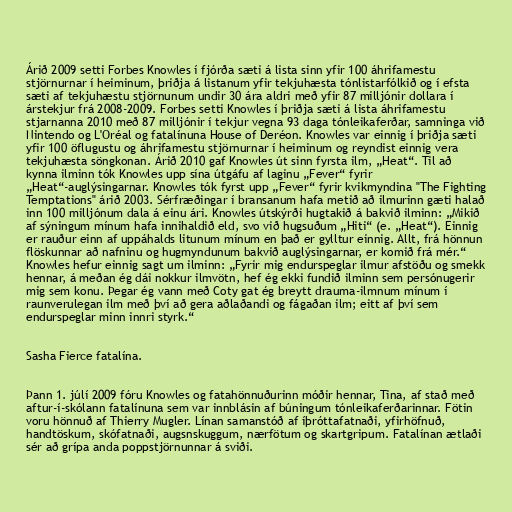
Árið 2009 setti Forbes Knowles í fjórða sæti á lista sinn yfir 100 áhrifamestu
stjörnurnar í heiminum, þriðja á listanum yfir tekjuhæsta tónlistarfólkið og í efsta
sæti af tekjuhæstu stjörnunum undir 30 ára aldri með yfir 87 milljónir dollara í
árstekjur frá 2008-2009. Forbes setti Knowles í þriðja sæti á lista áhrifamestu
stjarnanna 2010 með 87 milljónir í tekjur vegna 93 daga tónleikaferðar, samninga við
Nintendo og L'Oréal og fatalínuna House of Deréon. Knowles var einnig í þriðja sæti
yfir 100 öflugustu og áhrifamestu stjörnurnar í heiminum og reyndist einnig vera
tekjuhæsta söngkonan. Árið 2010 gaf Knowles út sinn fyrsta ilm, „Heat“. Til að
kynna ilminn tók Knowles upp sína útgáfu af laginu „Fever“ fyrir
„Heat“-auglýsingarnar. Knowles tók fyrst upp „Fever“ fyrir kvikmyndina "The Fighting
Temptations" árið 2003. Sérfræðingar í bransanum hafa metið að ilmurinn gæti halað
inn 100 milljónum dala á einu ári. Knowles útskýrði hugtakið á bakvið ilminn: „Mikið
af sýningum mínum hafa innihaldið eld, svo við hugsuðum „Hiti“ (e. „Heat“). Einnig
er rauður einn af uppáhalds litunum mínum en það er gylltur einnig. Allt, frá hönnun
flöskunnar að nafninu og hugmyndunum bakvið auglýsingarnar, er komið frá mér.“
Knowles hefur einnig sagt um ilminn: „Fyrir mig endurspeglar ilmur afstöðu og smekk
hennar, á meðan ég dái nokkur ilmvötn, hef ég ekki fundið ilminn sem persónugerir
mig sem konu. Þegar ég vann með Coty gat ég breytt drauma-ilmnum mínum í
raunverulegan ilm með því að gera aðlaðandi og fágaðan ilm; eitt af því sem
endurspeglar minn innri styrk.“

Sasha Fierce fatalína.

Þann 1. júlí 2009 fóru Knowles og fatahönnuðurinn móðir hennar, Tina, af stað með
aftur-í-skólann fatalínuna sem var innblásin af búningum tónleikaferðarinnar. Fötin
voru hönnuð af Thierry Mugler. Línan samanstóð af íþróttafatnaði, yfirhöfnuð,
handtöskum, skófatnaði, augsnskuggum, nærfötum og skartgripum. Fatalínan ætlaði
sér að grípa anda poppstjörnunnar á sviði.